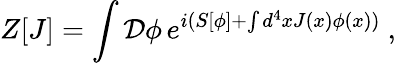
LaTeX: Z[J]=\int{\mathcal{D}}\phi\, e^{i(S[\phi]+\int d^{4}xJ(x)\phi(x))}~,